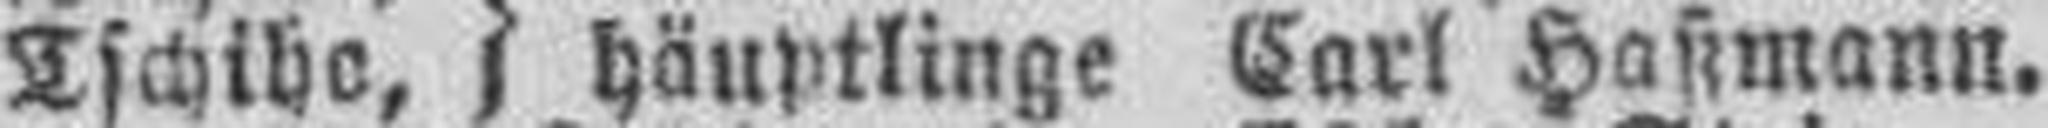
Tschibe, häuptlinge Carl Haßmann.